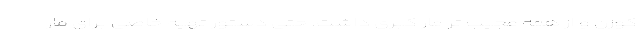
گوزن و از همه عجیب تر مار کبری داشت! حتی دستور تهیه خاصی برای مار